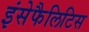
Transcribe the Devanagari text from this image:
इंसेफैलिटिस